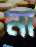
না